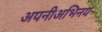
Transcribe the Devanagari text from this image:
अपनीअभिनय